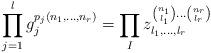
LaTeX: \begin{align*}\prod_{j=1}^l g_{j}^{p_j(n_1,\ldots,n_r)}=\prod_{I}z_{l_1,\ldots,l_r}^{\binom{n_1}{l_1}\ldots \binom{n_r}{l_r}}\end{align*}